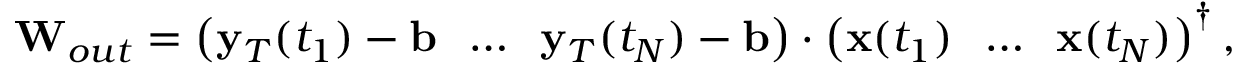
\mathbf { W } _ { o u t } = \left( \mathbf { y } _ { T } ( t _ { 1 } ) - \mathbf { b } \; \; \dots \; \; \mathbf { y } _ { T } ( t _ { N } ) - \mathbf { b } \right) \cdot \left( \mathbf { x } ( t _ { 1 } ) \; \; \dots \; \; \mathbf { x } ( t _ { N } ) \right) ^ { \dagger } ,